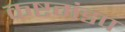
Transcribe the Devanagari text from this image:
कष्टमंडप